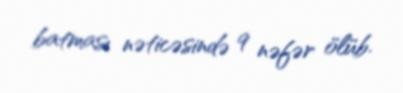
batması nəticəsində 9 nəfər ölüb.